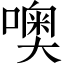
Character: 噢